Report of the Indian Hemp Drugs Commission, 1894-1895 - Volume II
Year: 1894
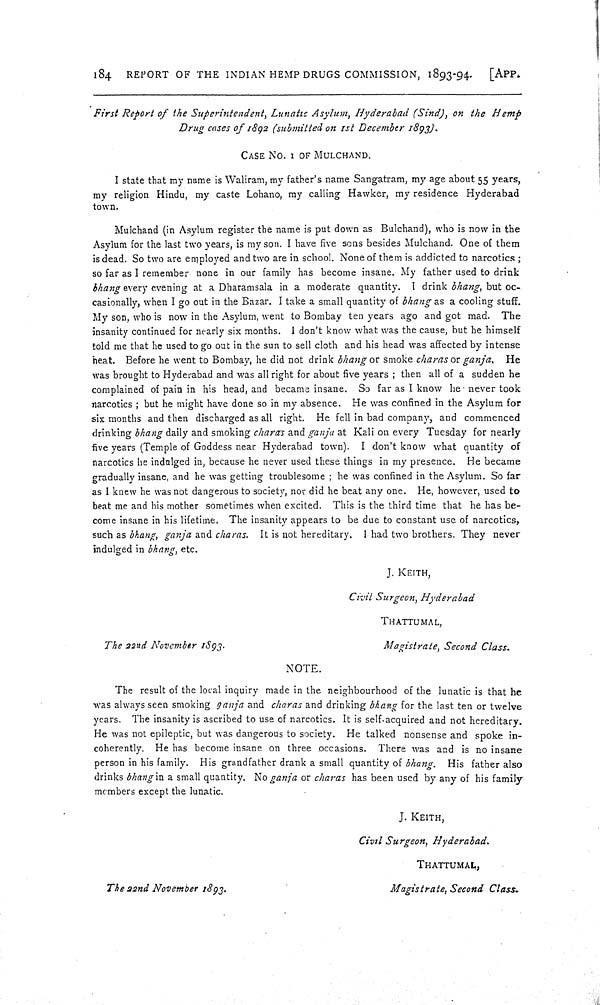
184 REPORT OF THE INDIAN HEMP DRUGS COMMISSION, 1893-94.
[APP.
First Report of the Superintendent, Lunatic Asylum, Hyderabad (Sind), on the Hemp
Drug cases of 1892 (submitted on 1st December 1893).
CASE NO. 1 OF MULCHAND.
I state that my name is Waliram, my father's name Sangatram, my age about 55 years,
my religion Hindu, my caste Lohano, my calling Hawker, my residence Hyderabad
town.
Mulchand (in Asylum register the name is put down as Bulchand), who is now in the
Asylum for the last two years, is my son. I have five sons besides Mulchand. One of them
is dead. So two are employed and two are in school. None of them is addicted to narcotics;
so far as I remember none in our family has become insane. My father used to drink
bhang every evening at a Dharamsala in a moderate quantity. I drink bhang, but oc-
casionally, when I go out in the Bazar. I take a small quantity of bhang as a cooling stuff.
My son, who is now in the Asylum, went to Bombay ten years ago and got mad. The
insanity continued for nearly six months. I don't know what was the cause, but he himself
told me that he used to go out in the sun to sell cloth and his head was affected by intense
heat. Before he went to Bombay, he did not drink bhang or smoke charas or ganja. He
was brought to Hyderabad and was all right for about five years; then all of a sudden he
complained of pain in his head, and became insane. So far as I know he never took
narcotics; but he might have done so in my absence. He was confined in the Asylum for
six months and then discharged as all right. He fell in bad company, and commenced
drinking bhang daily and smoking charas and ganja at Kali on every Tuesday for nearly
five years (Temple of Goddess near Hyderabad town). I don't know what quantity of
narcotics he indulged in, because he never used these things in my presence. He became
gradually insane, and he was getting troublesome; he was confined in the Asylum. So far
as I knew he was not dangerous to society, nor did he beat any one. He, however, used to
beat me and his mother sometimes when excited. This is the third time that he has be-
come insane in his lifetime. The insanity appears to be due to constant use of narcotics,
such as bhang, ganja and charas. It is not hereditary. I had two brothers. They never
indulged in bhang, etc.
J. KEITH,
Civil Surgeon, Hyderabad
THATTUMAL,
The 22nd November
1893.
Magistrate, Second Class.
NOTE.
The result of the local inquiry made in the neighbourhood of the lunatic is that he
was always seen smoking ganja and charas and drinking bhang for the last ten or twelve
years. The insanity is ascribed to use of narcotics. It is self-acquired and not hereditary.
He was not epileptic, but was dangerous to society. He talked nonsense and spoke in-
coherently. He has become insane on three occasions. There was and is no insane
person in his family. His grandfather drank a small quantity of bhang. His father also
drinks bhang in a small quantity. No ganja or charas has been used by any of his family
members except the lunatic.
J. KEITH,
Civil Surgeon, Hyderabad.
THATTMAL,
The 22nd November 1893.
Magistrate, Second Class.